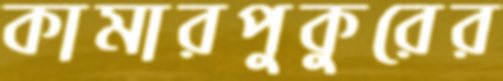
কামারপুকুরের